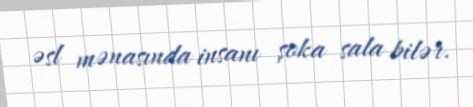
əsl mənasında insanı şoka sala bilər.